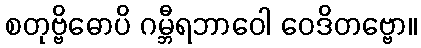
စတုဗ္ဗိဓောပိ ဂမ္ဘီရဘာဝေါ ဝေဒိတဗ္ဗော။